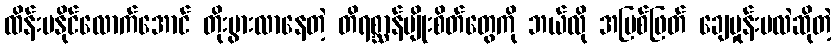
ထိန်းမနိုင်လောက်အောင် တိုးပွားလာနေတဲ့ တိရစ္ဆာန်မျိုးစိတ်တွေကို ဘယ်လို အမြစ်ဖြတ် ချေမှုန်းမလဲဆိုတဲ့